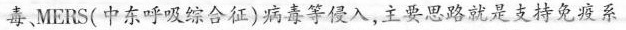
毒、MERS(中东呼吸综合征)病毒等侵入，主要思路就是支持免疫系